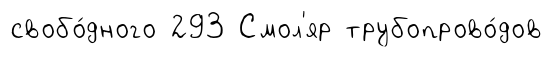
свобо́дного 293 Смол'яр трубопрово́дов